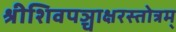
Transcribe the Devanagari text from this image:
श्रीशिवपञ्चाक्षरस्तोत्रम्